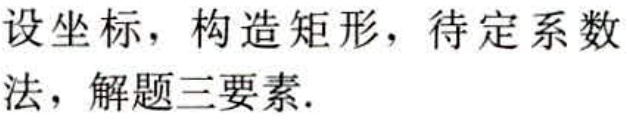
设坐标，构造矩形，待定系数法，解题三要素.